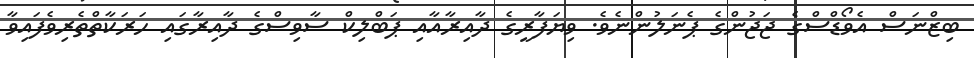
ބިޒްނަސް އެވޯޑްސްގެ ޖަޖުންގެ ޕެނަލުންނެވެ. ވިޔަފާރީގެ ދާއިރާއާއި ޕަބްލިކް ސާވިސްގެ ދާއިރާގައި ހަރަކާތްތެރިވެފައިވާ